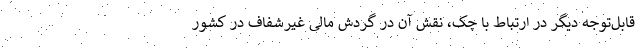
قابل‌توجه دیگر در ارتباط با چک، نقش آن در گردش مالی غیرشفاف در کشور